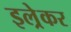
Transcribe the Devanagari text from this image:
इल्रेकर